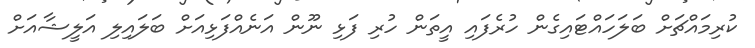
ކުރިމައްޗަށް ބަލަހައްޓައިގެން ހުރެފައި އީތަން ހުރި ފަޅި ނޫން އަނެއްފަޅިއަށް ބަލައިލި އަލީޝާއަށް